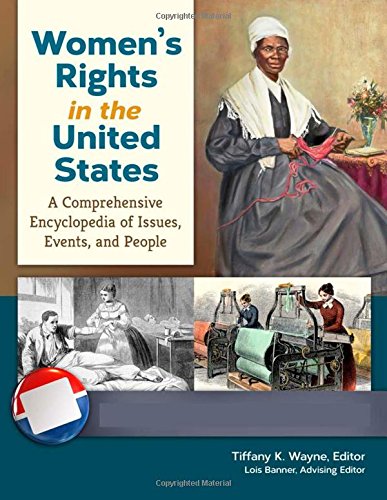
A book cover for Women's Rights in the United States [4 volumes]: A Comprehensive Encyclopedia of Issues, Events, and People; Gay & Lesbian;